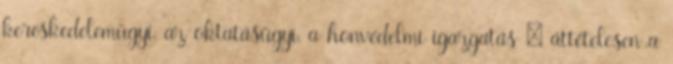
kereskedelemügyi, az oktatásügyi, a honvédelmi igazgatás — áttételesen a